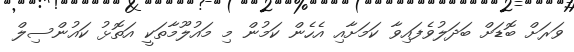
ވަރަށް ބޮޑަށް ބަދަލުވެފައިވާ ކަމަށާއި އެހެން ކަމުން މި މައުލޫމާތަކީ އަތޮޅު ކައުންސިލް